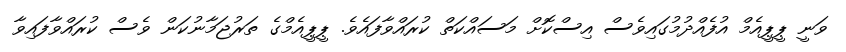
ވަނީ ޕީޕީއެމް އުފެއްދުމުގައިވެސް އިސްކޮށް މަސައްކަތް ކުރައްވާފައެވެ. ޕީޕީއެމްގެ ތަރުޖަމާނުކަން ވެސް ކުރައްވާފައިވާ